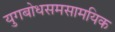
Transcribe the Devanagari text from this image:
युगबोधसमसामयिक